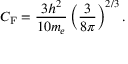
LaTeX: C _ { \mathrm { F } } = { \frac { 3 h ^ { 2 } } { 1 0 m _ { e } } } \left( { \frac { 3 } { 8 \pi } } \right) ^ { 2 / 3 } .